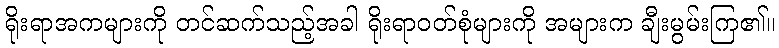
ရိုးရာအကများကို တင်ဆက်သည့်အခါ ရိုးရာဝတ်စုံများကို အများက ချီးမွမ်းကြ၏။